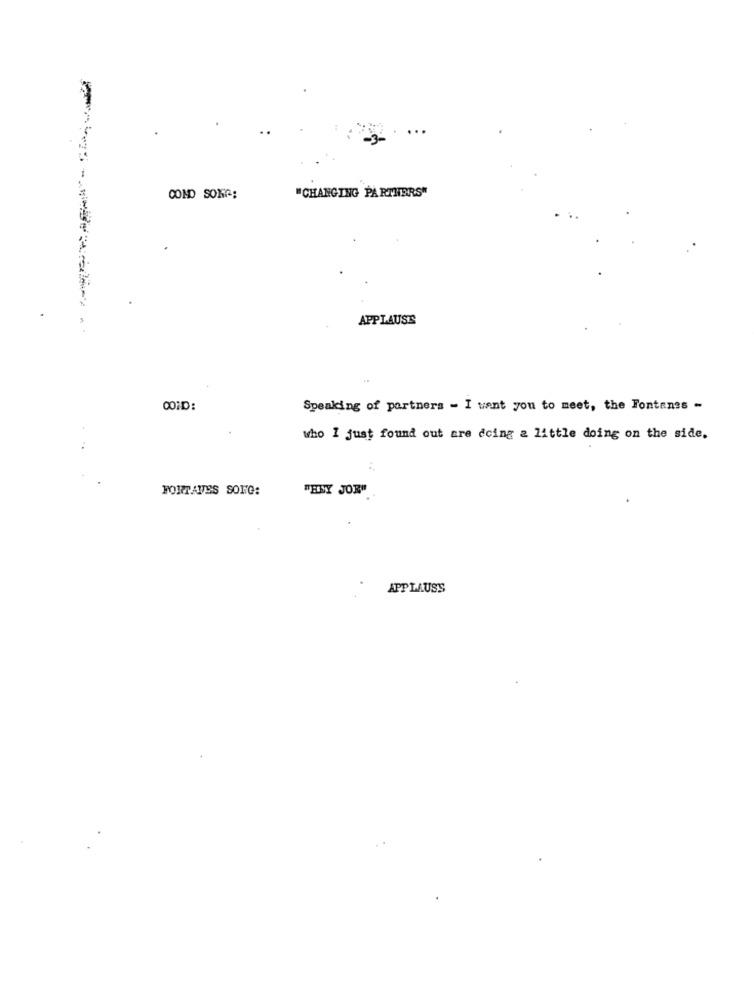
COMD SONA:
"CHANGING PARTHERS"
APPLAUSE
Speaking of partners - I want you to meet, the Fontanes -
who I just found out are doing a little doing on the side.
FORTAUES SONG:
"THESY JOR"
APPLAUSS